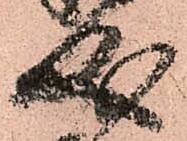
成